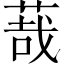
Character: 𦳦